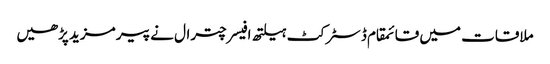
ملاقات میں قائمقام ڈسٹرکٹ ہیلتھ افیسر چترال نے پیر مزید پڑھیں